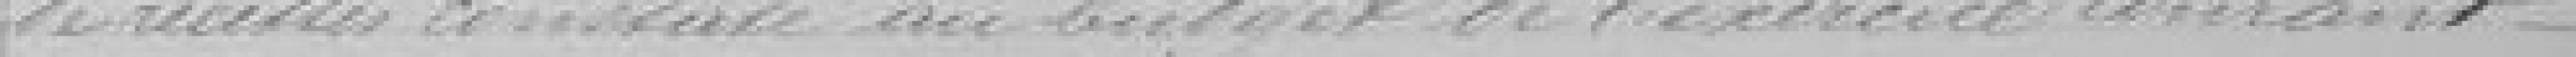
de recettes constaté au budget de l'exercice courant.